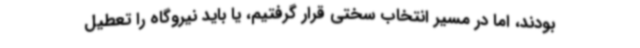
بودند، اما در مسیر انتخاب سختی قرار گرفتیم، یا باید نیروگاه را تعطیل